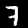
Label: 7